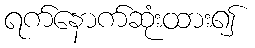
ရက်နောက်ဆုံးထား၍